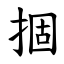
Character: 㧽